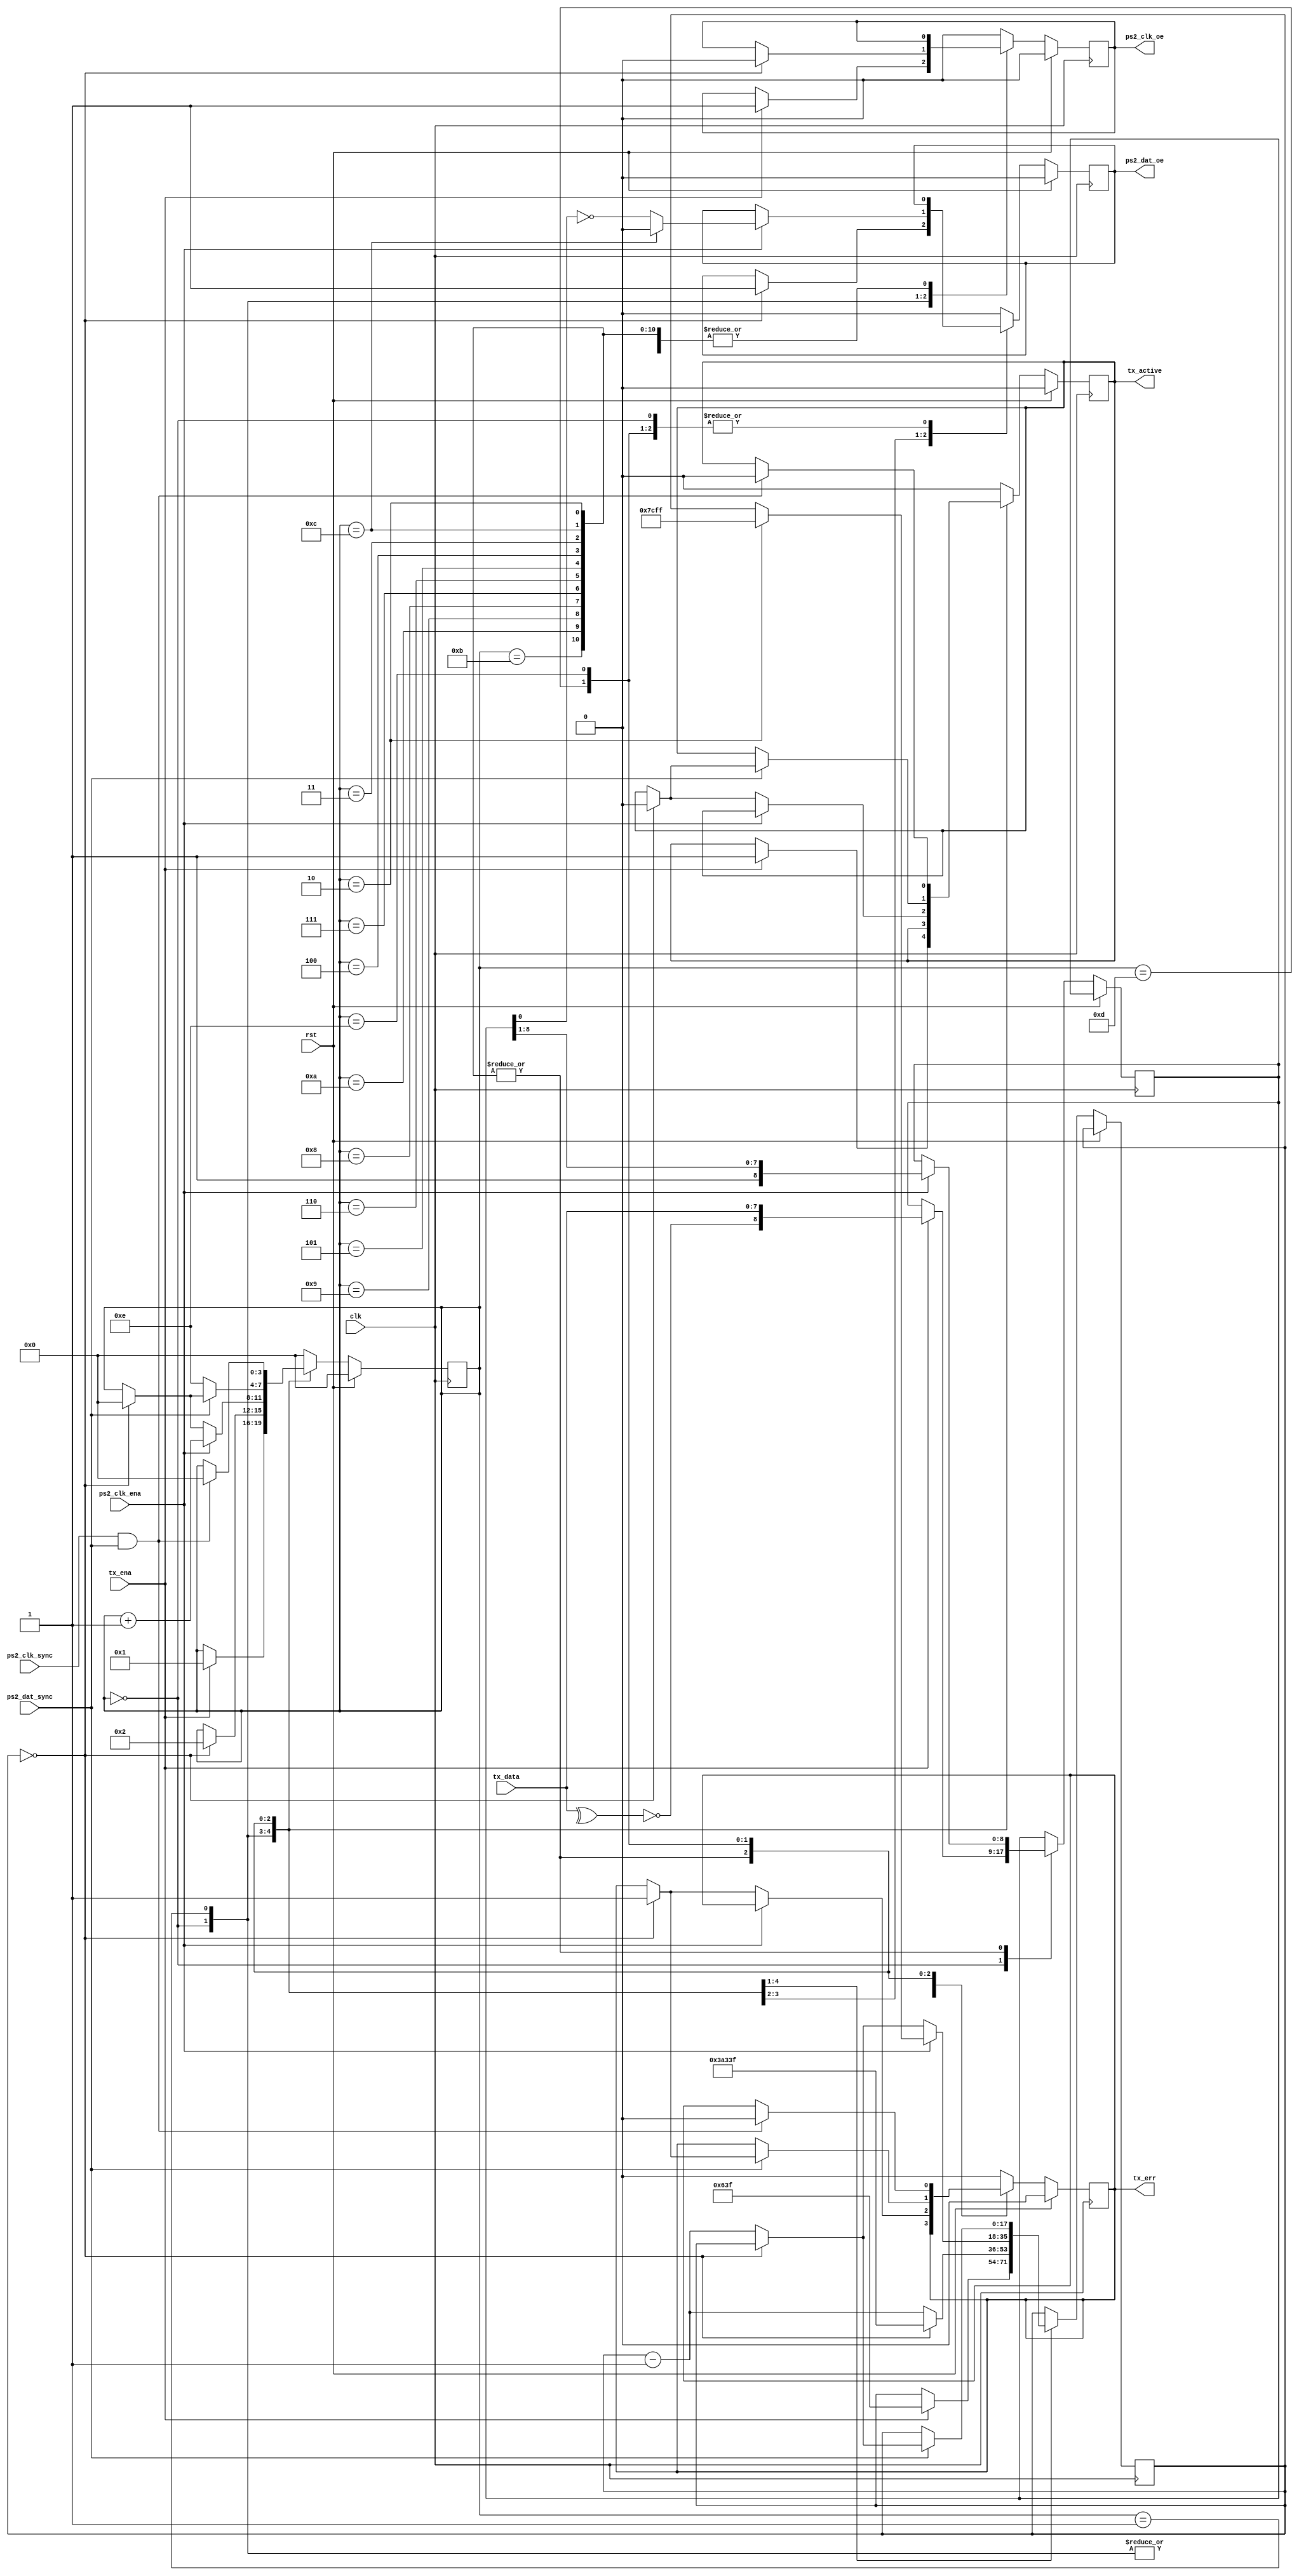
// ps2_tx.v - PS/2 transmitter
// 05-30-19 E. Brombaugh

`default_nettype none

module ps2_tx(
		input clk,
		input rst,
		input tx_ena,
		input [7:0] tx_data,
		input ps2_clk_ena,
		input ps2_clk_sync,
		input ps2_dat_sync,
		output reg tx_active,
		output reg tx_err,
		output reg ps2_clk_oe,
		output reg ps2_dat_oe
);
	// state machine
	localparam ST_WAIT = 4'h0;
	localparam ST_RQST = 4'h1;
	localparam ST_STRT = 4'h2;
	localparam ST_DAT0 = 4'h3;
	localparam ST_DAT1 = 4'h4;
	localparam ST_DAT2 = 4'h5;
	localparam ST_DAT3 = 4'h6;
	localparam ST_DAT4 = 4'h7;
	localparam ST_DAT5 = 4'h8;
	localparam ST_DAT6 = 4'h9;
	localparam ST_DAT7 = 4'hA;
	localparam ST_PRTY = 4'hB;
	localparam ST_STOP = 4'hC;
	localparam ST_WACK = 4'hD;
	localparam ST_WOFF = 4'hE;
	reg [3:0] tx_state;
	reg [17:0] timer;
	reg [8:0] tx_sreg;
	always @(posedge clk)
		if(rst)
		begin
			tx_state <= ST_WAIT;
			tx_active <= 1'b0;
			tx_err <= 1'b0;
			ps2_clk_oe <= 1'b0;
			ps2_dat_oe <= 1'b0;
		end
		else
			case(tx_state)
				ST_WAIT:
					// wait for tx write
					if(tx_ena)
					begin
						// move to REQUEST state
						tx_state <= ST_RQST;
						timer <= 18'd1599;
						tx_active <= 1'b1;
						tx_sreg <= {~(^tx_data),tx_data};
						ps2_clk_oe <= 1'b1;
					end
				
				ST_RQST:
					// pull clock low & wait 100us to start
					if(timer == 18'd0)
					begin
						// move to START state
						tx_state <= ST_STRT;
						timer <= 18'd238399;	// 14.9ms
						ps2_clk_oe <= 1'b0;
						ps2_dat_oe <= 1'b1;
					end
					else
						// decrement timer
						timer <= timer - 18'd1;
				
				ST_STRT, ST_DAT0, ST_DAT1, ST_DAT2, ST_DAT3, ST_DAT4,
				ST_DAT5, ST_DAT6, ST_DAT7, ST_PRTY, ST_STOP:
					// wait for clk falling edge to shift out data
					if(ps2_clk_ena)
					begin
						tx_state <= tx_state + 4'h1;
						if(tx_state == ST_STRT)
							timer <= 18'd31999;	// 2ms
						if(tx_state == ST_STOP)
							ps2_dat_oe <= 1'b0;
						else
							ps2_dat_oe <= ~tx_sreg[0];
						tx_sreg <= {1'b1,tx_sreg[8:1]};
					end
					else
					begin
						// in START state wait 15ms max for clock edge
						// in all other states wait 2ms max
						if(timer == 18'd0)
						begin
							// timeout - set err and return to wait
							tx_state <= ST_WAIT;
							tx_err <= 1'b1;
							tx_active <= 1'b0;
						end
						else
							timer <= timer - 18'd1;
					end
				
				ST_WACK:
					// wait for ACK (dat = 0)
					if(ps2_dat_sync == 1'b0)
					begin
						tx_state <= ST_WOFF;
					end
					else
					begin
						// in all other states wait 2ms max
						if(timer == 18'd0)
						begin
							// timeout - set err and return to wait
							tx_state <= ST_WAIT;
							tx_err <= 1'b1;
							tx_active <= 1'b0;
						end
						else
							timer <= timer - 18'd1;
					end
				
				ST_WOFF:
					// wait for device to release bus (clk,dat = 1)
					if((ps2_clk_sync == 1'b1)&&(ps2_dat_sync == 1'b1))
					begin
						tx_state <= ST_WAIT;
						tx_err <= 1'b0;
						tx_active <= 1'b0;
					end
				
				default:
				begin
					// exit illegal state
					tx_state <= ST_WAIT;
					tx_active <= 1'b0;
					tx_err <= 1'b0;
					ps2_clk_oe <= 1'b0;
					ps2_dat_oe <= 1'b0;
				end
			endcase
endmodule